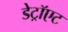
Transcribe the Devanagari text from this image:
डेट्रॉएट